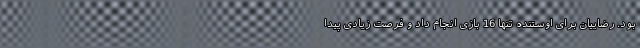
بود. رضاییان برای اوستنده تنها 16 بازی انجام داد و فرصت زیادی پیدا